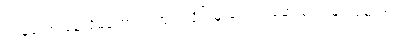
ကျွန်တော် နေလို့မကောင်း ဘူး၊ လှိုင်းမူးပျောက်ဆေးလေးများရမလား။